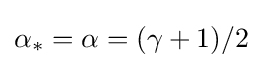
\alpha _{*}=\alpha =(\gamma +1)/2